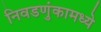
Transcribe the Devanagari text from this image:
निवडणुंकामध्ये